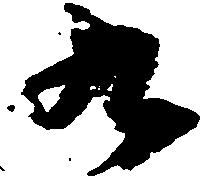
九